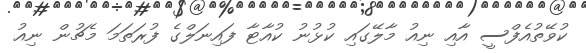
ކުވޭތުއެފްސީ އާއި ނިއު މާލޭގައި ކުޅުނު ކުއާޓާ ފައިނަލްގެ ފުރަތަމަ މެޗުން ނިއު